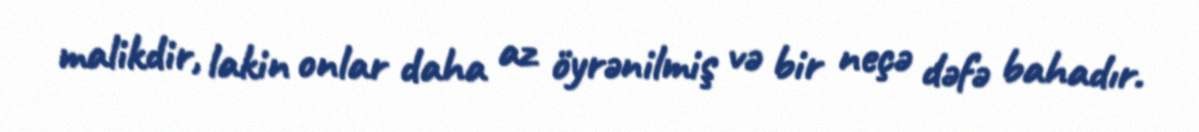
malikdir, lakin onlar daha az öyrənilmiş və bir neçə dəfə bahadır.